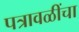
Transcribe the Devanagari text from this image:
पत्रावळींचा